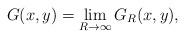
LaTeX: \begin{align*}G(x,y) = \lim_{R\to\infty} G_{R}(x,y),\end{align*}